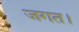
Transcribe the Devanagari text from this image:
जगत।